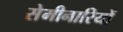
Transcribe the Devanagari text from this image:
सेमीनारियों